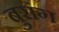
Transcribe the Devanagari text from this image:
बुरांग